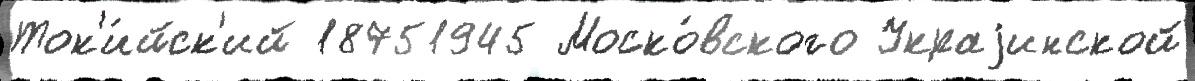
Ток'и́йск'ий 18751945 Моско́вского Украjинской